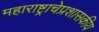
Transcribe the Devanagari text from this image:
महाराष्ट्राचेप्रशासकीय